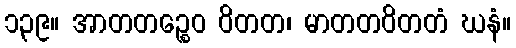
၁၃၉။ အာတတဉ္စေဝ ဝိတတ၊ မာတတဝိတတံ ဃနံ။